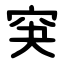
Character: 䆕